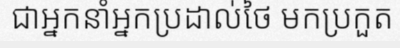
ជាអ្នកនាំអ្នកប្រដាល់ថៃ មកប្រកួត